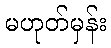
မဟုတ်မှန်း